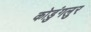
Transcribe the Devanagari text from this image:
कोडुंगलुर